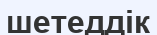
шетеддік